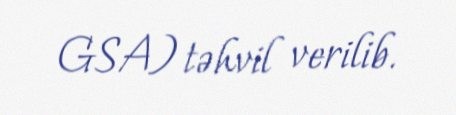
GSA) təhvil verilib.